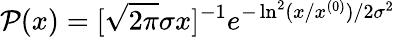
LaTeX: {\cal P}(x)=[\sqrt{2\pi}\sigma x]^{-1}e^{-\ln^{2}(x/x^{(0)})/2\sigma^{2}}